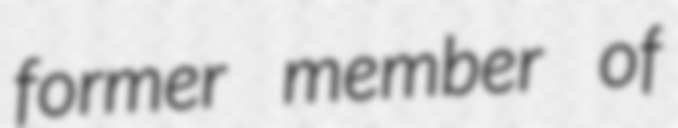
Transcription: former member of